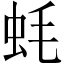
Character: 蚝